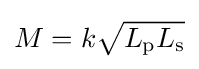
M=k{\sqrt {L_{\mathrm {p} }L_{\mathrm {s} }}}